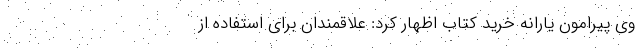
وی پیرامون یارانه خرید کتاب اظهار کرد: علاقمندان برای استفاده از